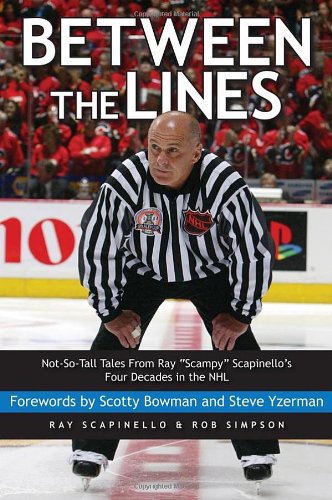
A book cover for Between the Lines: Not-So-Tall Tales From Ray "Scampy" Scapinello's Four Decades in the NHL; Ray Scapinello; Biographies & Memoirs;